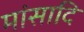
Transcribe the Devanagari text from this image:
मांसादि